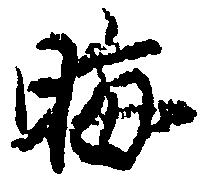
晦